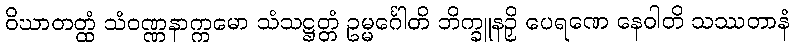
ဝိဃာတတ္ထံ သံဝဏ္ဏနာက္ကမော သံသဋ္ဌတ္တံ ဥမ္မင်္ဂေါတိ ဘိက္ခူနဉှိ ပေရဏေ နေဝါတိ သဿတာနံ